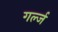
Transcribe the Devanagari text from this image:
गर्ल्‍ज